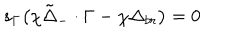
LaTeX: s _ { \Gamma } \bigl ( \chi { \tilde { \Delta } } _ { - } \cdot \Gamma - \chi \Delta _ { b r } \bigr ) = 0